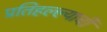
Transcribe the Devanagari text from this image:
प्रतिहल्ल्याची